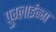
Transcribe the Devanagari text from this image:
पुग्लाईन्ग